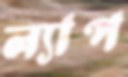
ল্যাপ